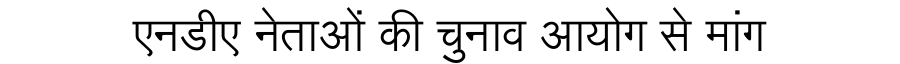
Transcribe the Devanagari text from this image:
एनडीए नेताओं की चुनाव आयोग से मांग